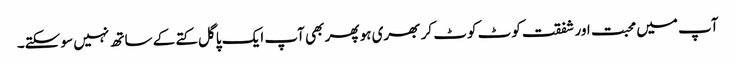
آپ میں محبت اور شفقت کوٹ کوٹ کر بھری ہو پھر بھی آپ ایک پاگل کتے کے ساتھ نہیں سو سکتے۔